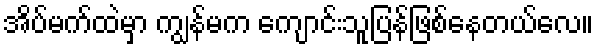
အိပ်မက်ထဲမှာ ကျွန်မက ကျောင်းသူပြန်ဖြစ်နေတယ်လေ။